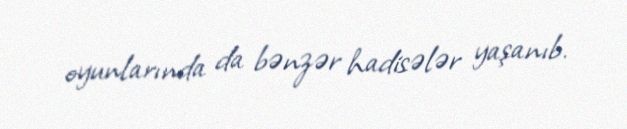
oyunlarında da bənzər hadisələr yaşanıb.